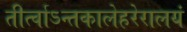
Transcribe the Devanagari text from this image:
तीर्त्वाऽन्तकालेहरेरालयं